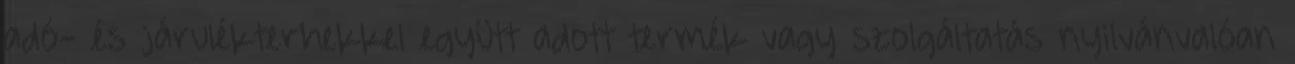
adó- és járulékterhekkel együtt adott termék vagy szolgáltatás nyilvánvalóan